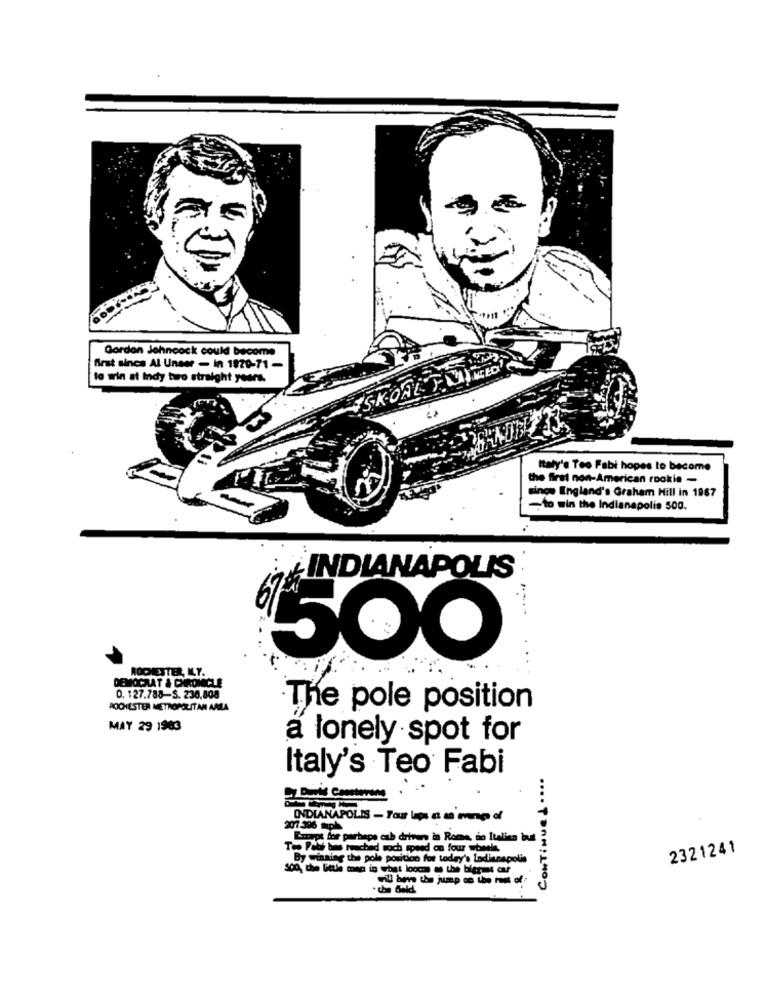
Gordon Johncock could become
first since Al Unser - in 1920-71 -
SKOAL YJNE
to win at indy two straight yours.
Italy's Teo Fabi hopes to become
the first non-American rookie -
singe England's Graham Hill in 1967
-to win the Indianapolis 500.
INDIANAPOLIS
....
500
DEMOCRAT & CHRONICLE
ROCHESTER, KL.Y.
0. 127.788-S. 236,808
ROCHESTER METROPOLITAN ANLA
The pole position
MAY 29 1903
a lonely spot for
Italy's Teo Fabi
CONTINUE d . ...
INDIANAPOLIS - Your los a ings of
2017.396 mph
Laurapt for perhaps esb drivers in Roce, to Italien but
Top Pas b rechad woch speed on four wbeeks
2321241
winning the pole position for today's Indianapolis
son, who little comp is het
U ban the jump on the rest of
- cho Geld.